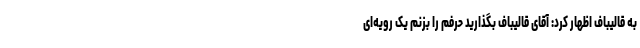
به قالیباف اظهار کرد: آقای قالیباف بگذارید حرفم را بزنم یک رویه‌ای